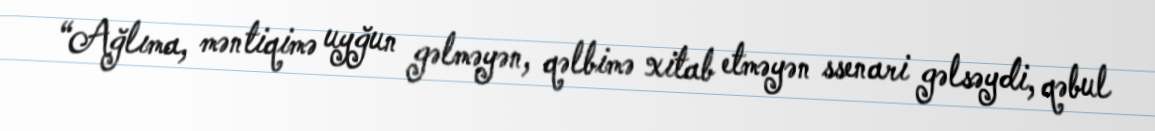
“Ağlıma, məntiqimə uyğun gəlməyən, qəlbimə xitab etməyən ssenari gəlsəydi, qəbul